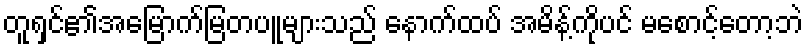
တူရှင်၏အမြောက်မြတပူများသည် နောက်ထပ် အမိန့်ကိုပင် မစောင့်တော့ဘဲ